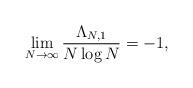
LaTeX: \begin{align*}\lim_{N\rightarrow\infty}\frac{\Lambda_{N,1}}{N\log N}=-1,\end{align*}